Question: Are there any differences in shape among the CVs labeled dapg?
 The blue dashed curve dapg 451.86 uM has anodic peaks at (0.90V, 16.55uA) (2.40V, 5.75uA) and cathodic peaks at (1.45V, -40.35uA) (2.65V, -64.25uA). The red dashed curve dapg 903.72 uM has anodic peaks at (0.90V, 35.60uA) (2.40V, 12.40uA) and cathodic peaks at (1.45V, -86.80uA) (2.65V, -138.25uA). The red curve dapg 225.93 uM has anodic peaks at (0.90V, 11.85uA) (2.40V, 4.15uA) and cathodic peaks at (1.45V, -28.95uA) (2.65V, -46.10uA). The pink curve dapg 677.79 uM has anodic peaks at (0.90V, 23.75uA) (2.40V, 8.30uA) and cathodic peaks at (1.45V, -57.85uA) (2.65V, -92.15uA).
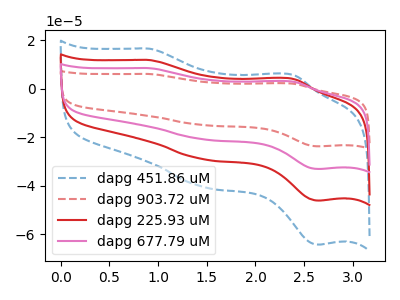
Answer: <think>All the peaks in "dapg 451.86 uM" have a peak in "dapg 903.72 uM" at the same potential. Every peak in "dapg 451.86 uM" is lower than every peak in "dapg 903.72 uM". All the peaks in "dapg 451.86 uM" have a peak in "dapg 225.93 uM" at the same potential. Every peak in "dapg 451.86 uM" is higher than every peak in "dapg 225.93 uM". All the peaks in "dapg 451.86 uM" have a peak in "dapg 677.79 uM" at the same potential. Every peak in "dapg 451.86 uM" is lower than every peak in "dapg 677.79 uM". All the peaks in "dapg 903.72 uM" have a peak in "dapg 225.93 uM" at the same potential. Every peak in "dapg 903.72 uM" is higher than every peak in "dapg 225.93 uM". All the peaks in "dapg 903.72 uM" have a peak in "dapg 677.79 uM" at the same potential. Every peak in "dapg 903.72 uM" is higher than every peak in "dapg 677.79 uM". All the peaks in "dapg 225.93 uM" have a peak in "dapg 677.79 uM" at the same potential. Every peak in "dapg 225.93 uM" is lower than every peak in "dapg 677.79 uM".
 </think>
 <answer>All the CV's of "dapg" have similar shape.</answer>
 <eval>follow_rule</eval>